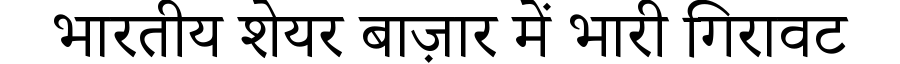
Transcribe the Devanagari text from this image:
भारतीय शेयर बाज़ार में भारी गिरावट